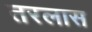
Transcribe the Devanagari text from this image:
तरलास